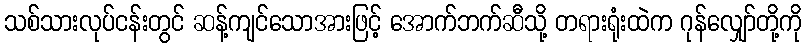
သစ်သားလုပ်ငန်းတွင် ဆန့်ကျင်သောအားဖြင့် အောက်ဘက်ဆီသို့ တရားရုံးထဲက ဂုန်လျှော်တို့ကို